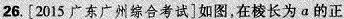
26.[2015广东广州综合考试]如图，在棱长为α的正